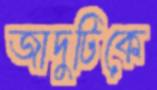
জাদুটিকে